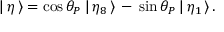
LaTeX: | \, \eta \, \rangle = \cos \theta _ { P } \: | \, \eta _ { 8 } \, \rangle \, - \, \sin \theta _ { P } \: | \, \eta _ { 1 } \, \rangle \, .